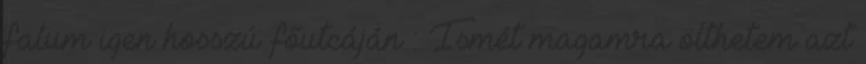
falum igen hosszú főutcáján : Ismét magamra ölthetem azt